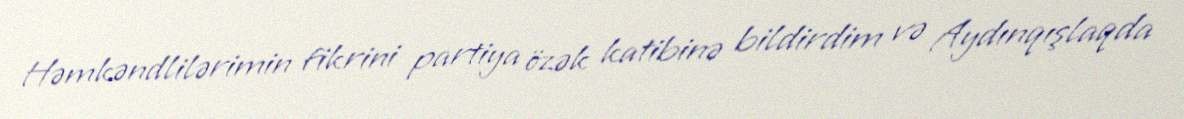
Həmkəndlilərimin fikrini partiya özək katibinə bildirdim və Aydınqışlaqda